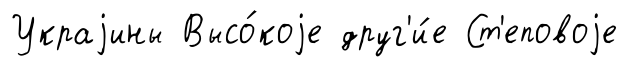
Украjины Высо́коjе друг'и́е Ст'еповоjе